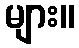
များ။